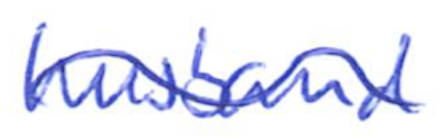
Text: husband
Cross-out: wave
Writing tool: ballpoint